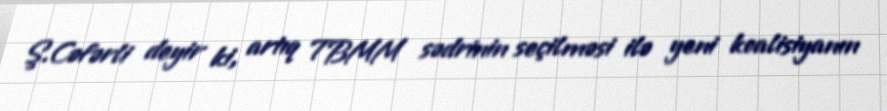
Ş.Cəfərli deyir ki, artıq TBMM sədrinin seçilməsi ilə yeni koalisiyanın